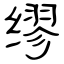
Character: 缪